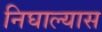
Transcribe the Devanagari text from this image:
निघाल्यास